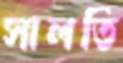
সালতি